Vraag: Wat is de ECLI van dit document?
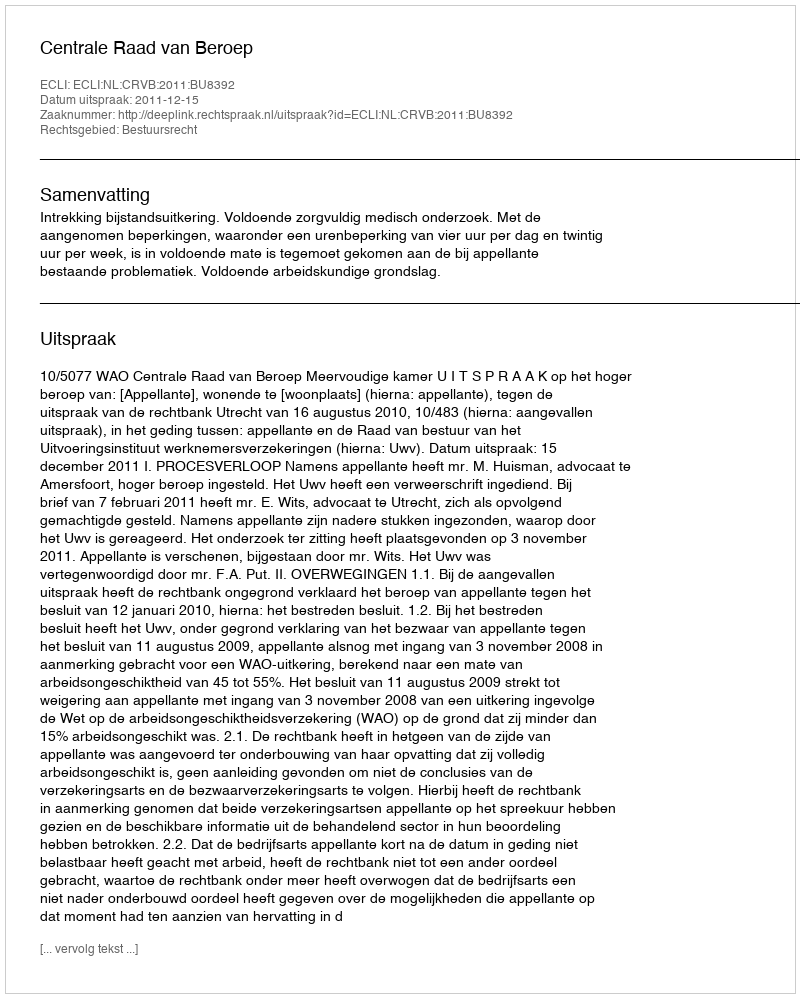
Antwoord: ECLI:NL:CRVB:2011:BU8392